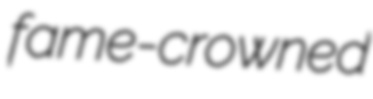
fame-crowned